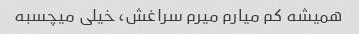
همیشه کم میارم میرم سراغش، خیلی میچسبه